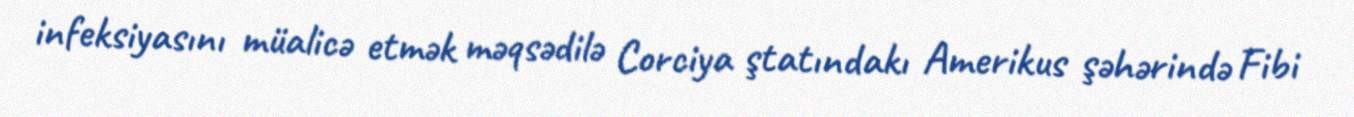
infeksiyasını müalicə etmək məqsədilə Corciya ştatındakı Amerikus şəhərində Fibi